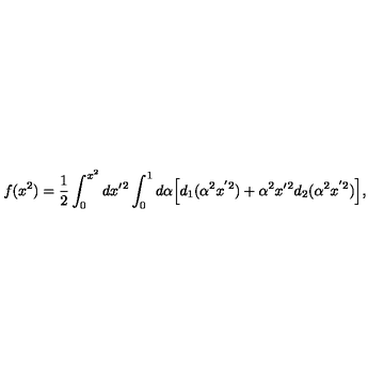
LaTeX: f ( x ^ { 2 } ) = \frac { 1 } { 2 } \int _ { 0 } ^ { x ^ { 2 } } d x { ' ^ { 2 } } \int _ { 0 } ^ { 1 } d \alpha \Big [ d _ { 1 } ( \alpha ^ { 2 } x ^ { ' 2 } ) + \alpha ^ { 2 } x { ' ^ { 2 } } d _ { 2 } ( \alpha ^ { 2 } x ^ { ' 2 } ) \Big ] ,